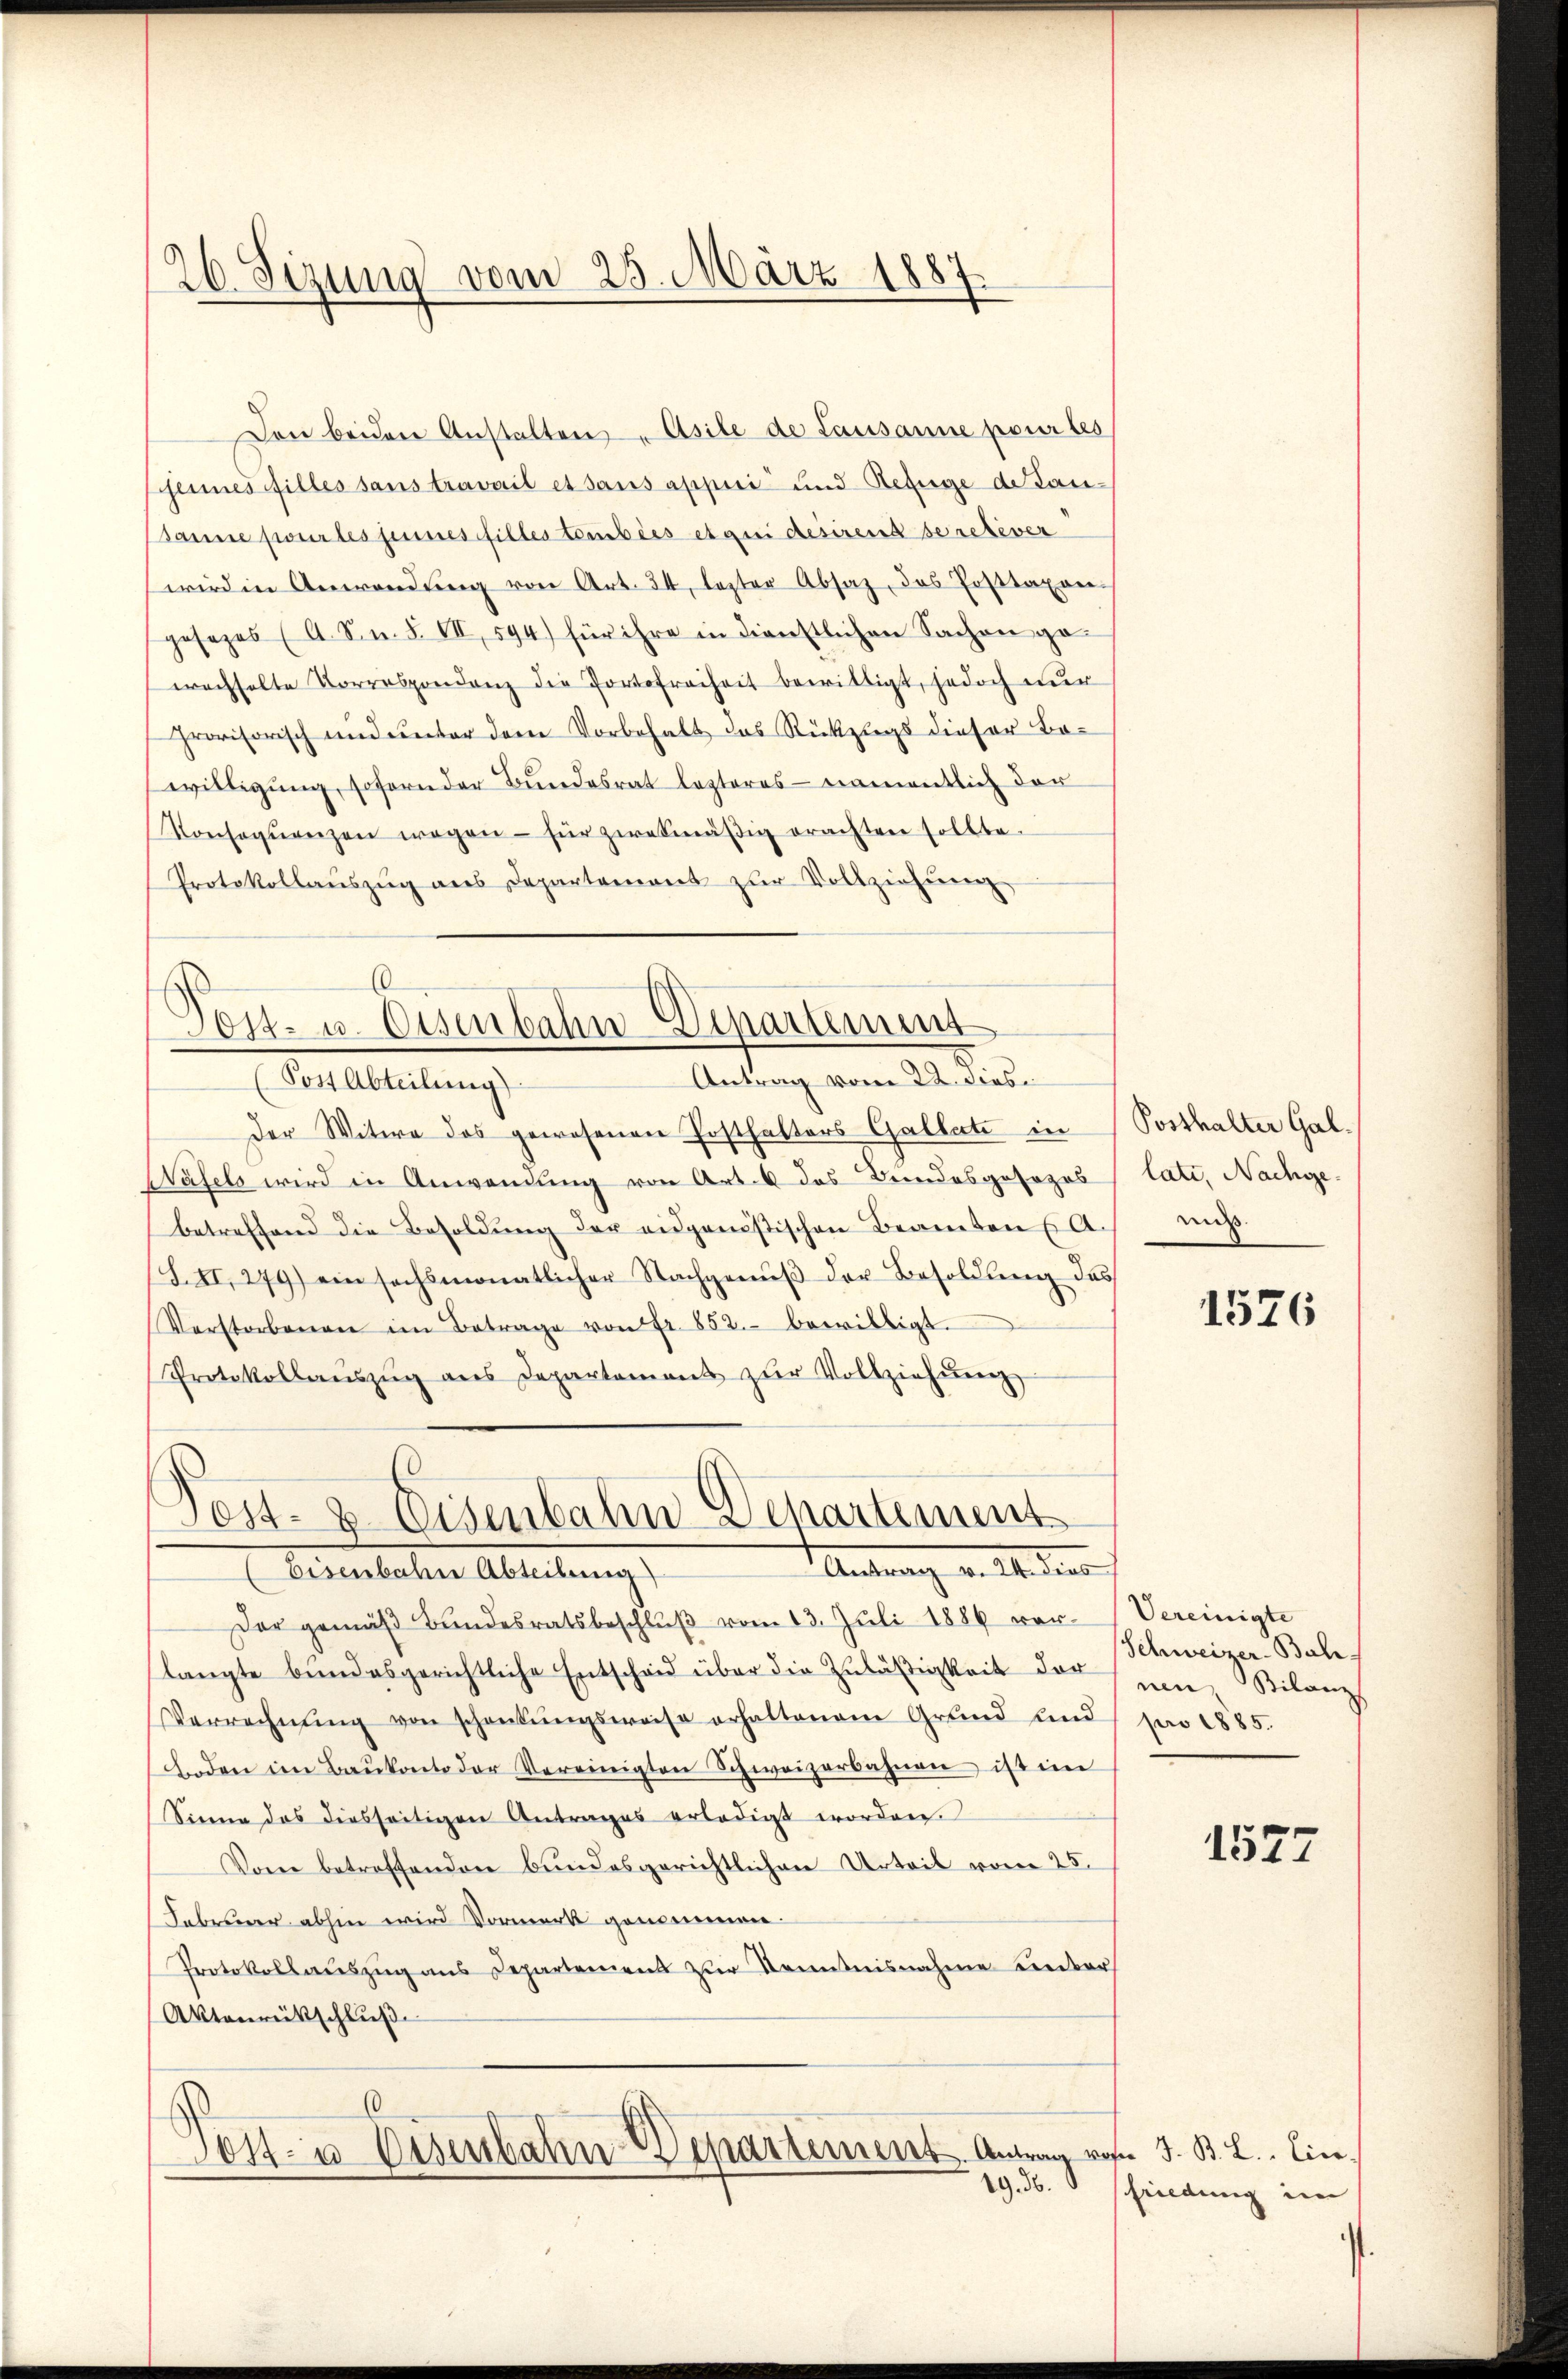
26. Sizung vom 25. März 1887

Den beiden Anstalten Asile de Lausanne pour les
jenes filles sans travail et sans appiri und Rezuge de Lan¬
Sanne pour les seines filles tombées et qui desirend deretever
wird in Anwendŭng von Art. 24, lezter Absaz, das Posttaxon-
gesezes (A. S. n. F. VII, 594) für ihre in dienstlichen Sachen ge-
wachselte Vorrespondenz die Portofreiheit bewilligt, jedoch nur
provisorisch und unter dem Vorbehalt das Rückzugs dieser Be-
willigung, sofern der Bundesrat lezteres namentlich der
Konseqŭenzen wegen - für zwekmäβig erachten sollte.
Protokollaŭszŭg ans Departament zŭr Vollziehung

Der Witwe das gewesenen Posthalters Gallate in
Wasels wird in Anwendung von Art. 6 das Bundesgesezes (lati, Nachge-
betreffend die Besoldŭng der eidganistischen Beamten Ach muß.
S. II, 279) ein sechsmonatlicher Nachgenŭβ der Besoldŭng des
Verstorbenen im Betrage von Fr. 852. bewilligt.
Protokollanszŭg ans Departement zŭr Vollziehŭng
Der gemäß Bundesratsbeschlŭβ vom 13. Juli 1886 ver-
langte bundesgerichtliche Entscheid über die Zuläßigkeit der Bilanz
Verrechnŭng von schankŭngsweise erhaltenem Grŭnd und je 1885.
Boden im Baŭkonto der Vereinigten Schweizerbahnen ist im
Sinne das diesseitigen Antrages erledigt worden.
Vom betreffenden bundesgerichtlichen Urteil vom 25.
Febrener abhin wird Vormerk genommen.
Protokollauszug aus Departemens zur Kenntnisnahme einber
Aktenrückschluß
0
Post- u Eisenbaten-Departement. Antrag vom J. B. L. Ein¬
19. d.

6
Post- u. Eisenbahn-Departement
Antrag vom 22. dies
Post Abteilung

¬
Post- & Eisenbahn Departement
Antrag v. M. den
oisenbahn Abteilung

Posthalter Gal¬

1526

Vereinigte
Schweizer-Bah

1577

friedung im